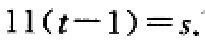
\(11(t - 1)=s\)